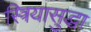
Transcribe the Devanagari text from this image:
स्त्रियासुद्धा